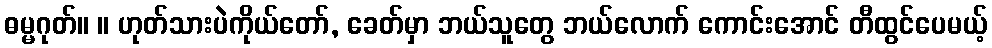
ဓမ္မဂုတ်။ ။ ဟုတ်သားပဲကိုယ်တော်, ခေတ်မှာ ဘယ်သူတွေ ဘယ်လောက် ကောင်းအောင် တီထွင်ပေမယ့်